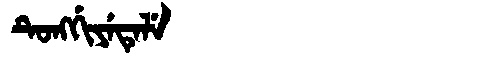
Manchu: ᡨᡠᠩᡤᡳᠶᡝᡨᡝᠯᡝ
Romanization: TUNGGIYETELE